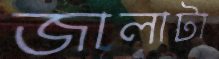
জালাটা